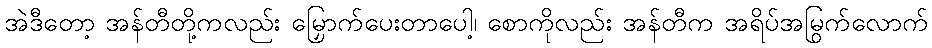
အဲဒီတော့ အန်တီတို့ကလည်း မြှောက်ပေးတာပေါ့၊ စောကိုလည်း အန်တီက အရိပ်အမြွက်လောက်